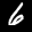
Label: 6